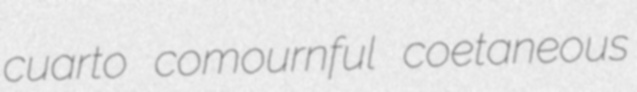
cuarto comournful coetaneous